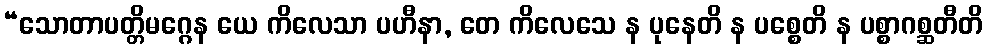
“သောတာပတ္တိမဂ္ဂေန ယေ ကိလေသာ ပဟီနာ, တေ ကိလေသေ န ပုနေတိ န ပစ္စေတိ န ပစ္စာဂစ္ဆတီတိ